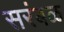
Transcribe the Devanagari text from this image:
सरंबळ